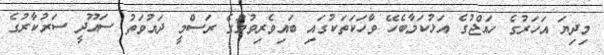
މިދިޔަ އަހަރުގެ ހައްޖުގެ އަޅުކަމާބެހޭ ވާހަކަތަކުގައި ބައިވެރިވުމުގެ ރަސްމީ ދައުވަތު ސައޫދީ ސަރުކާރުގެ